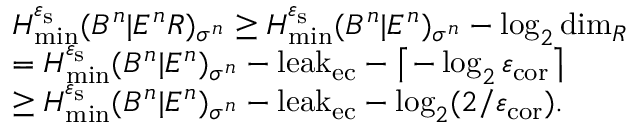
\begin{array} { r l } & { H _ { \mathrm { m i n } } ^ { \varepsilon _ { \mathrm { s } } } ( B ^ { n } | E ^ { n } R ) _ { \sigma ^ { n } } \geq H _ { \mathrm { m i n } } ^ { \varepsilon _ { \mathrm { s } } } ( B ^ { n } | E ^ { n } ) _ { \sigma ^ { n } } - \log _ { 2 } \mathrm { d i m } _ { R } } \\ & { = H _ { \mathrm { m i n } } ^ { \varepsilon _ { \mathrm { s } } } ( B ^ { n } | E ^ { n } ) _ { \sigma ^ { n } } - \mathrm { l e a k } _ { \mathrm { e c } } - \left\lceil - \log _ { 2 } \varepsilon _ { \mathrm { c o r } } \right\rceil } \\ & { \ge H _ { \mathrm { m i n } } ^ { \varepsilon _ { \mathrm { s } } } ( B ^ { n } | E ^ { n } ) _ { \sigma ^ { n } } - \mathrm { l e a k } _ { \mathrm { e c } } - \log _ { 2 } ( 2 / \varepsilon _ { \mathrm { c o r } } ) . } \end{array}